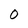
Character: 0